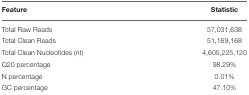
<table><thead><tr><td><b>Feature</b></td><td><b>Statistic</b></td></tr></thead><tbody><tr><td>Total Raw Reads</td><td>57,031,638</td></tr><tr><td>Total Clean Reads</td><td>51,169,168</td></tr><tr><td>Total Clean Nucleotides (nt)</td><td>4,605,225,120</td></tr><tr><td>Q20 percentage</td><td>98.29%</td></tr><tr><td>N percentage</td><td>0.01%</td></tr><tr><td>GC percentage</td><td>47.10%</td></tr></tbody></table>